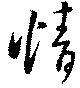
情